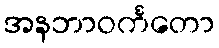
အနဘာဝင်္ကတော